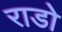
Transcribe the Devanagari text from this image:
राडो